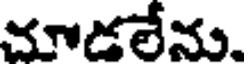
చూడలేను.